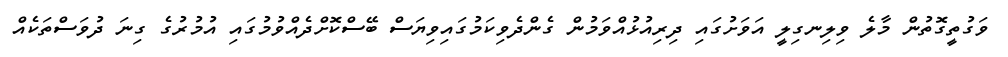
ވަގުތީގޮތުން މާލެ ވިލިނގިލީ އަވަށުގައި ދިރިއުޅުއްވަމުން ގެންދެވިކަމުގައިވިޔަސް ބޭސްކޮށްދެއްވުމުގައި އުމުރުގެ ގިނަ ދުވަސްތަކެއް